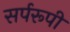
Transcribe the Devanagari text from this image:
सर्परूपी